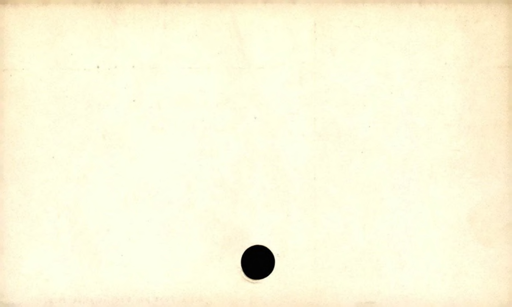
Label: blank